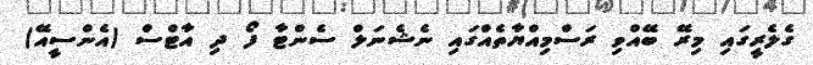
ގެލެރީގައި މިރޭ ބޭއްވި ރަސްމިއްޔާތެއްގައި ނެޝެނަލް ސެންޓާ ފޯ ދި އާޓްސް (އެންސީއޭ)